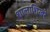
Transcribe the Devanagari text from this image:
शालाशिखरे